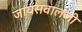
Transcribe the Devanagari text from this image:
जायसवालजी